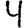
Digit: 4